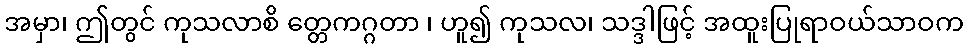
အမှာ၊ ဤတွင် ကုသလာစိ တ္တေကဂ္ဂတာ ၊ ဟူ၍ ကုသလ၊ သဒ္ဒါဖြင့် အထူးပြုရာဝယ်သာဝက